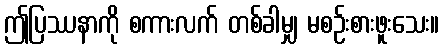
ဤပြဿနာကို စကားလက် တစ်ခါမျှ မစဉ်းစားဖူးသေး။